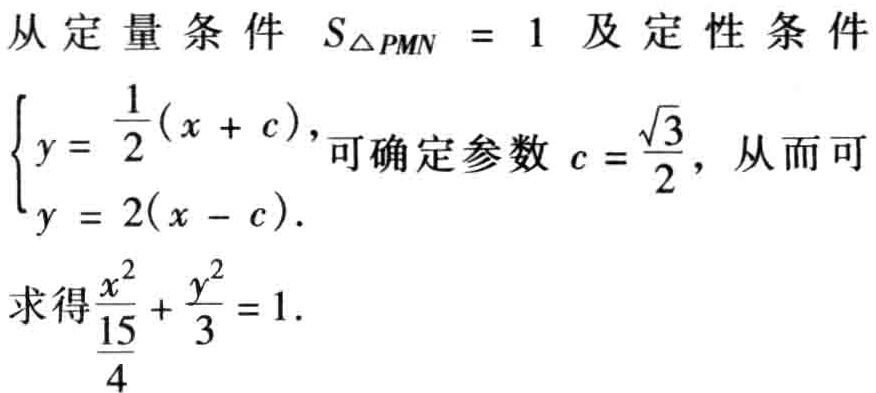
从定量条件 \(S_{\triangle PMN} = 1\) 及定性条件
\(\begin{cases}y = \dfrac{1}{2}(x + c),\\y = 2(x - c).\end{cases}\)可确定参数 \(c = \dfrac{\sqrt{3}}{2}\)，从而可
求得\(\dfrac{x^{2}}{\frac{15}{4}}+ \dfrac{y^{2}}{3}=1\)。